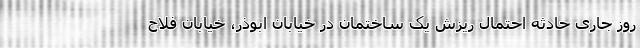
روز جاری حادثه احتمال ریزش یک ساختمان در خیابان ابوذر، خیابان فلاح